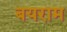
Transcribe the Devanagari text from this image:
बयराम